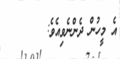
އެ މީހުން ދެންނެވިއެވެ: